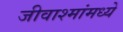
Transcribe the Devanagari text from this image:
जीवाश्मांमध्ये